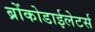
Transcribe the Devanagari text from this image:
ब्रोंकोडाईलेटर्स